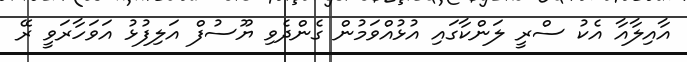
އާއިލާއާ އެކު ސްރީ ލަންކާގައި އުޅުއްވަމުން ގެންދެވި ޔޫސުފް އަލިފުޅު އަވަހާރަވީ ރޭ